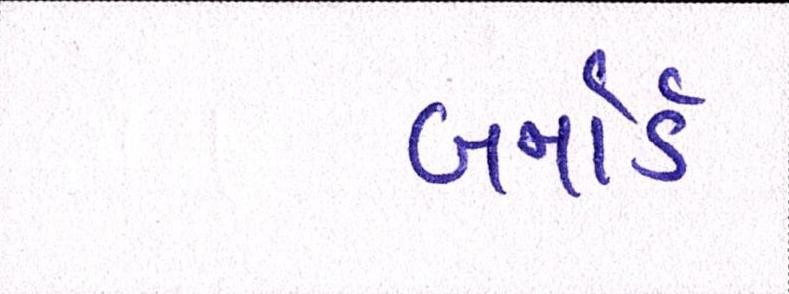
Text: બર્નાર્ડ